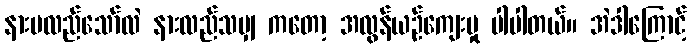
နားမလည်သော်လဲ နားလည်သမျှ ကတော့ အလွန်ယဉ်ကျေးမှု ပါပါတယ်။ အဲဒါကြောင့်